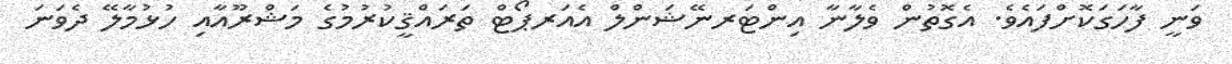
ވަނީ ފާހަގަކޮށްފައެވެ. އެގޮތުން ވެލާނާ އިންޓަރނޭޝަންލް އެއަރޕޯޓް ތަރައްޤީކުރުމުގެ މަޝްރޫއާއި ހުޅުމާލޭ ދެވަނަ